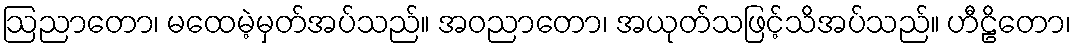
ဩညာတော၊ မထေမဲ့မှတ်အပ်သည်။ အဝညာတော၊ အယုတ်သဖြင့်သိအပ်သည်။ ဟီဠိတော၊